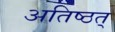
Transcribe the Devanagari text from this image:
अतिष्ठत्